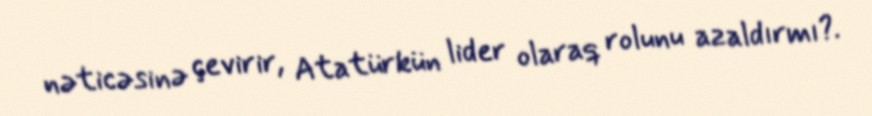
nəticəsinə çevirir, Atatürkün lider olaraq rolunu azaldırmı?.